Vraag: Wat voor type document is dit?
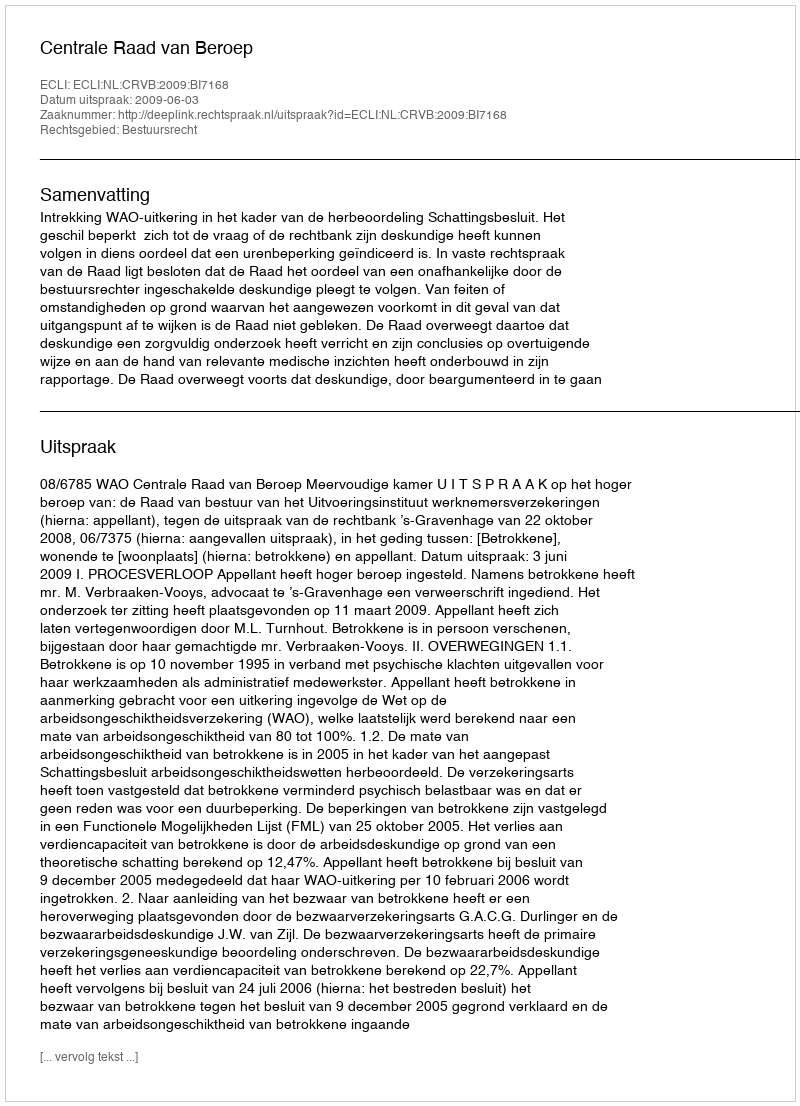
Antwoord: Uitspraak